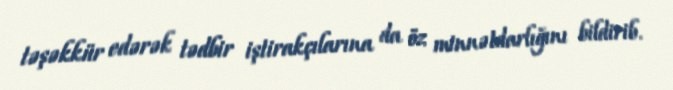
təşəkkür edərək tədbir iştirakçılarına da öz minnətdarlığını bildirib.